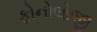
ફોનોલોજી